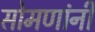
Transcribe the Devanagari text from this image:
सोमणांनी